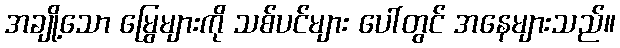
အချို့သော မြွေများကို သစ်ပင်များ ပေါ်တွင် အနေများသည်။